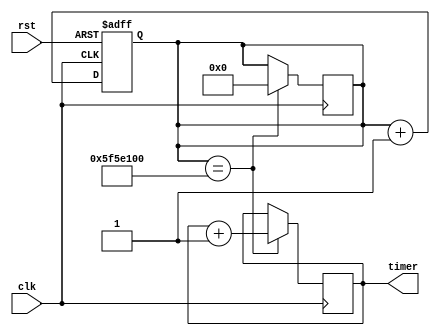
module RTC_timer(
    input wire clk,
    input wire rst,
    output reg [31:0] timer
);

reg [31:0] count;

always @(posedge clk or posedge rst) begin
    if(rst) begin
        count <= 0;
    end else begin
        count <= count + 1;
    end
end

always @(posedge clk) begin
    if(count == 100000000) begin
        timer <= timer + 1;
        count <= 0;
    end
end

endmodule